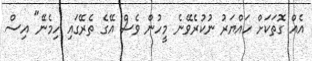
އެއް ގޮތަކަށް ހައްޔަރު ނުކުރެވޭނެ މީހުން ވެސް އޭގެ ތެރޭގައި ހިމެނޭ" އިސް